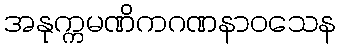
အနုက္ကမဏိကဂဏနာဝသေန